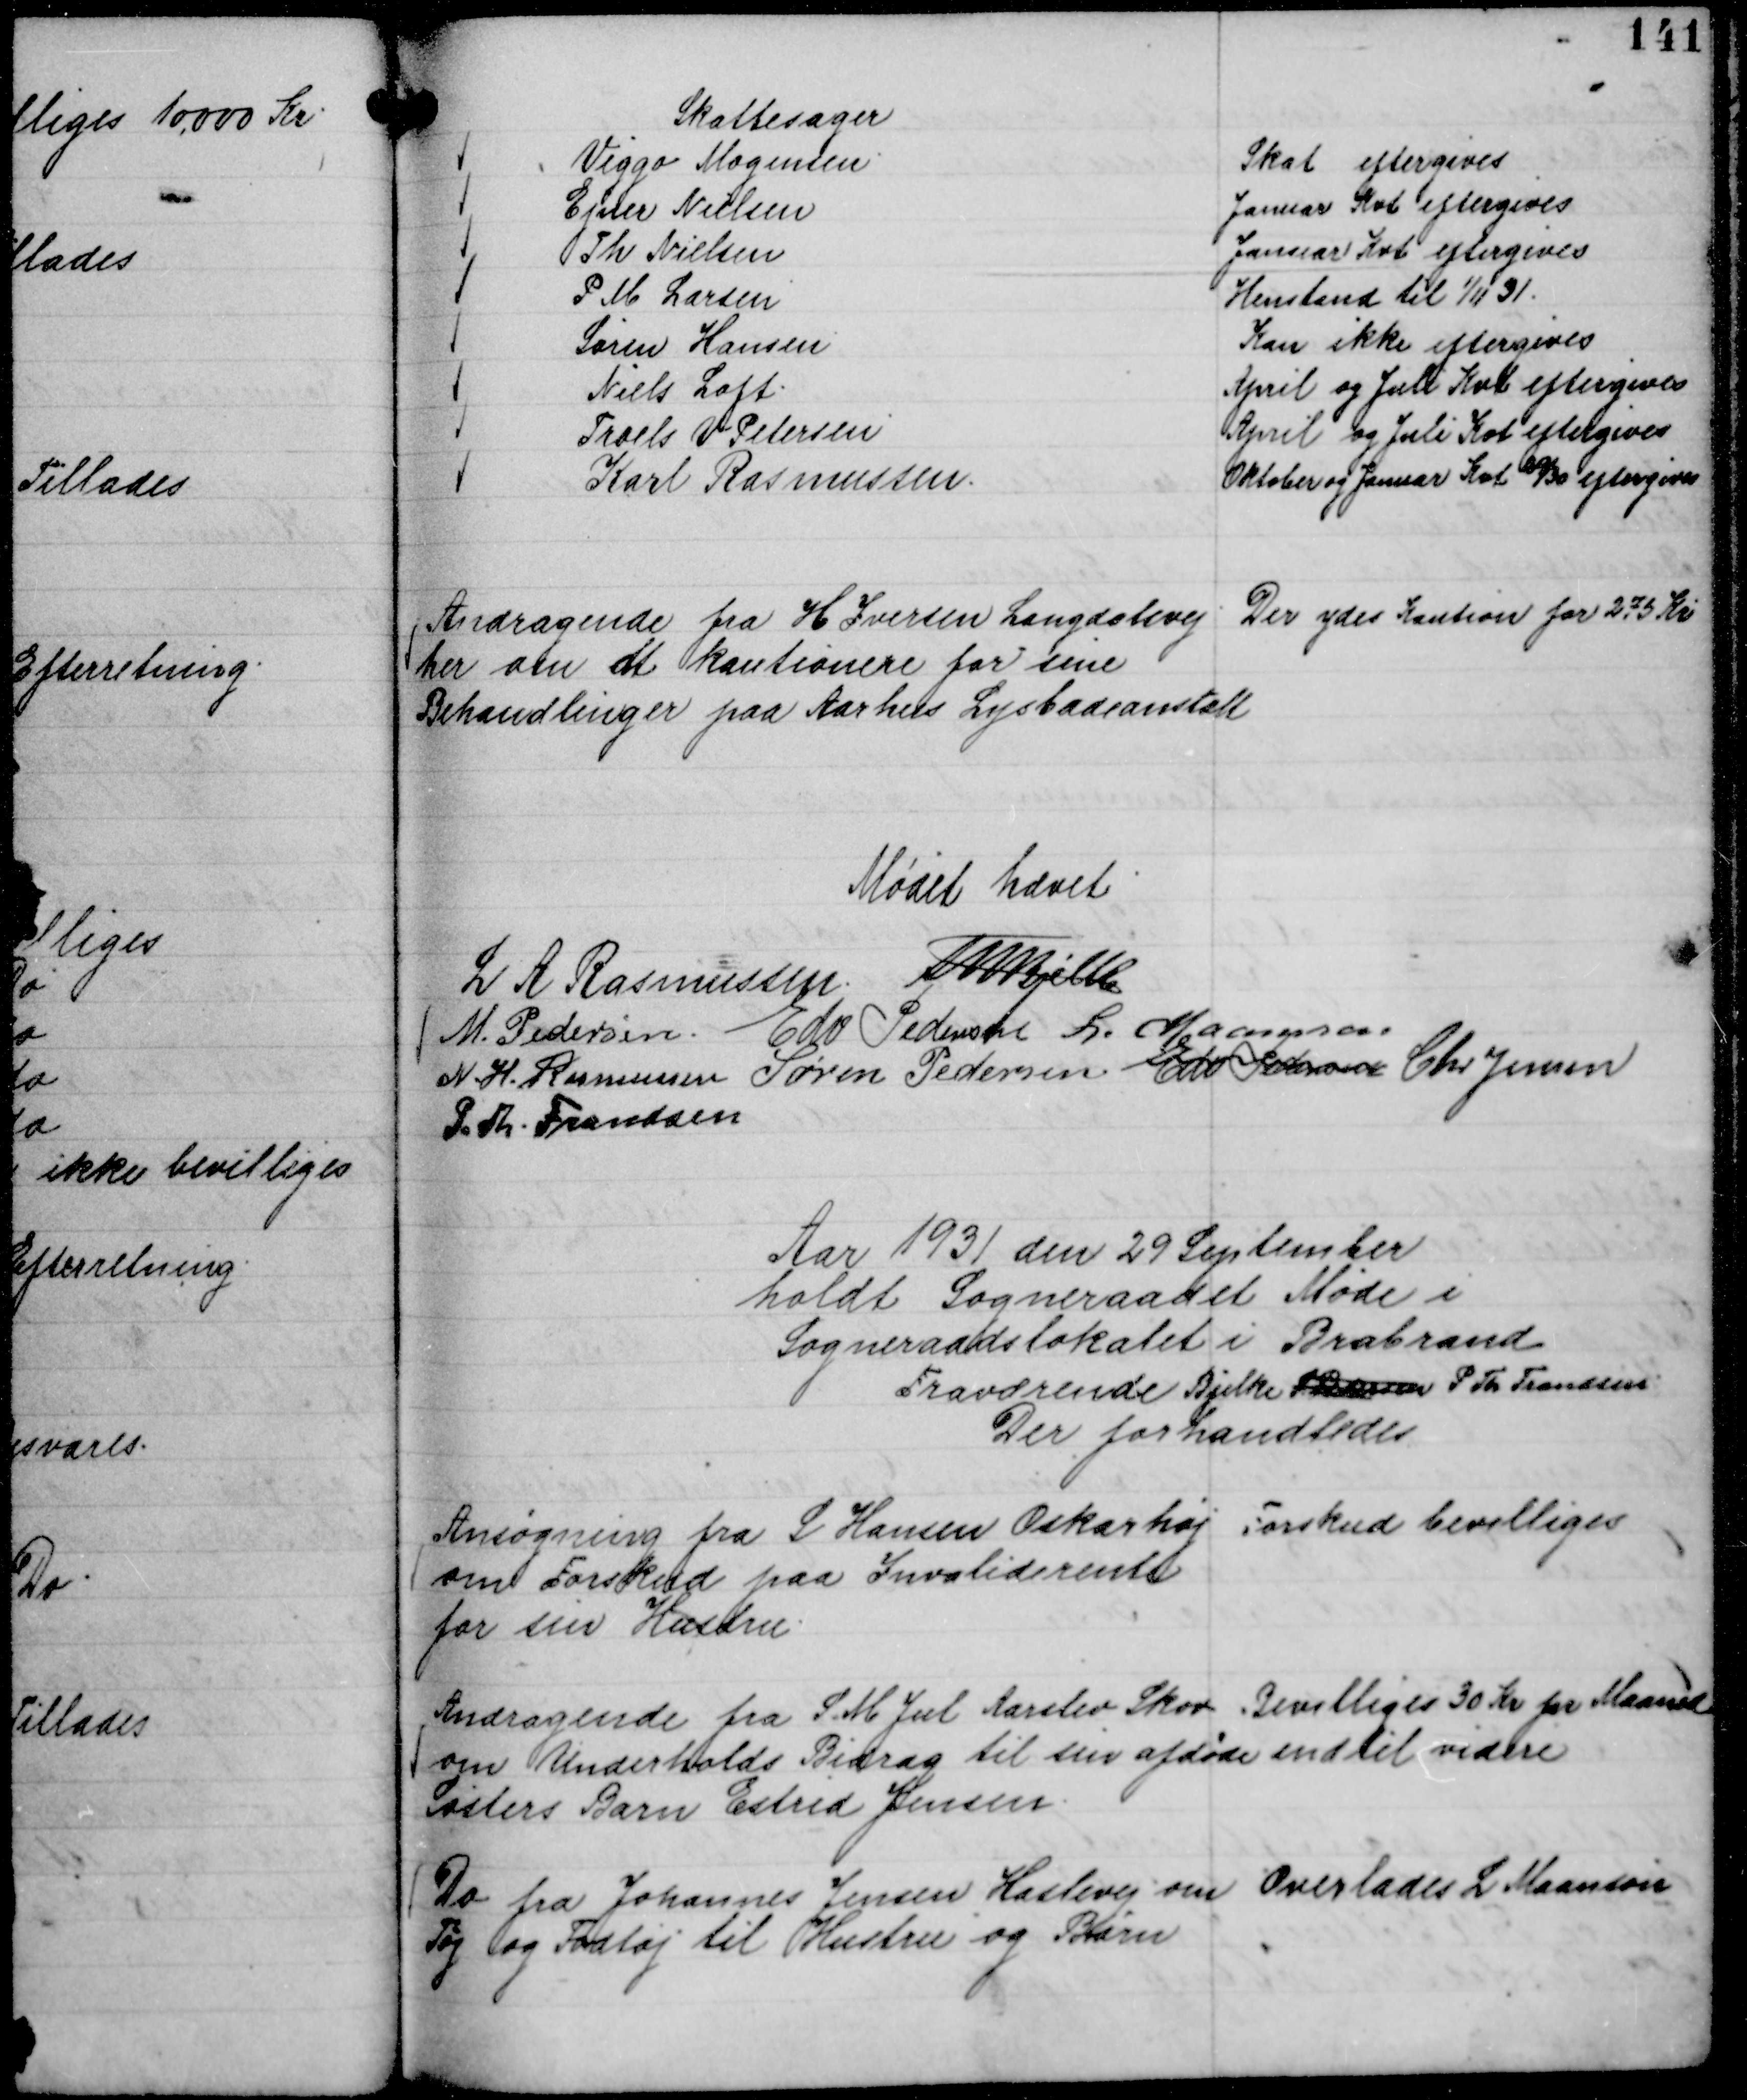
Transskription:
Skattesager
Viggo Mogensen.
Skat eftergives
Ejner Nielsen
Januar Kvt eftergives
Th Nielsen
Januar Kvt eftergives
P M Larsen
Henstand til 1/11 31.
Søren Hansen
Kan ikke eftergives
Niels Loft.
April og Juli Kvt eftergives
Troels V Petersen
April og Juli Kvt eftergives
Karl Rasmussen.
Oktober og Januar Kvt 29/30 eftergives

Andragende fra H Iversen Langdalsvej
her om at kautionere for sine
Behandlinger paa Aarhus Lysbadeanstalt

Der ydes Kaution for 275 Kr

Mødet hævet
L A Rasmussen.
Th Bjelke
M. Pedersen.
Edv Pedersen
L. Maansson
N. H. Rasmussen
Søren Pedersen
Edv Pedersen
Chr Jensen
P. Th. Frandsen

Aar 1931 den 29 September
holdt Sogneraadet Møde i
Sogneraadslokalet i Brabrand
Fraværende Bjelke S Pedersen P Th Frandsen.
Der forhandledes

Ansøgning fra L Hansen Oskarhøj
om Forskud paa Invaliderente
for sin Hustru.

Forskud bevilliges

Andragende fra S. M Jul Aarslev Skov
om Underholds Bidrag til sin afdøde
Søsters Barn Estrid Jensen.

Bevilliges 30 Kr pr Maaned
indtil videre

Do fra Johannes Jensen Haslevej om
Tøj og Fodtøj til Hustru og Børn

Overlades L Maanson